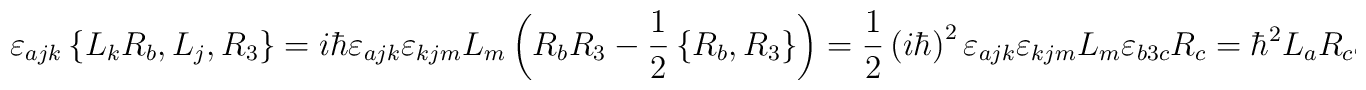
\varepsilon_{ajk}\left\{  L_{k}R_{b},L_{j},R_{3}\right\}  =i\hbar\varepsilon_{ajk}\varepsilon_{kjm}L_{m}\left(  R_{b}R_{3}-\frac{1}{2}\left\{R_{b},R_{3}\right\}  \right)  =\frac{1}{2}\left(  i\hbar\right)^{2}\varepsilon_{ajk}\varepsilon_{kjm}L_{m}\varepsilon_{b3c}R_{c}=\hbar^{2}L_{a}R_{c}\varepsilon_{b3c}\;.